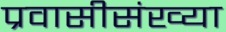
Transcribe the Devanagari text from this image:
प्रवासीसंख्या